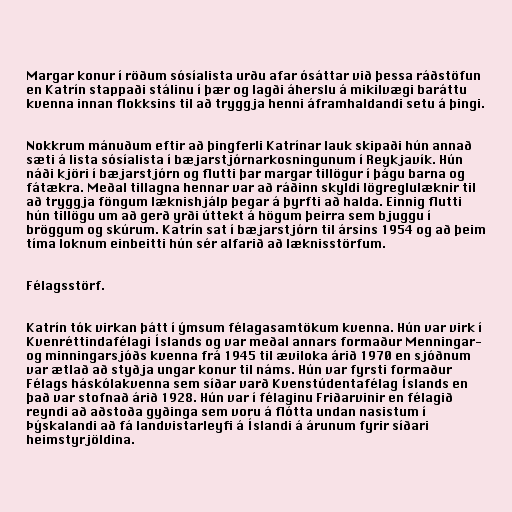
Margar konur í röðum sósíalista urðu afar ósáttar við þessa ráðstöfun
en Katrín stappaði stálinu í þær og lagði áherslu á mikilvægi baráttu
kvenna innan flokksins til að tryggja henni áframhaldandi setu á þingi.

Nokkrum mánuðum eftir að þingferli Katrínar lauk skipaði hún annað
sæti á lista sósíalista í bæjarstjórnarkosningunum í Reykjavík. Hún
náði kjöri í bæjarstjórn og flutti þar margar tillögur í þágu barna og
fátækra. Meðal tillagna hennar var að ráðinn skyldi lögreglulæknir til
að tryggja föngum læknishjálp þegar á þyrfti að halda. Einnig flutti
hún tillögu um að gerð yrði úttekt á högum þeirra sem bjuggu í
bröggum og skúrum. Katrín sat í bæjarstjórn til ársins 1954 og að þeim
tíma loknum einbeitti hún sér alfarið að læknisstörfum.

Félagsstörf.

Katrín tók virkan þátt í ýmsum félagasamtökum kvenna. Hún var virk í
Kvenréttindafélagi Íslands og var meðal annars formaður Menningar-
og minningarsjóðs kvenna frá 1945 til æviloka árið 1970 en sjóðnum
var ætlað að styðja ungar konur til náms. Hún var fyrsti formaður
Félags háskólakvenna sem síðar varð Kvenstúdentafélag Íslands en
það var stofnað árið 1928. Hún var í félaginu Friðarvinir en félagið
reyndi að aðstoða gyðinga sem voru á flótta undan nasistum í
Þýskalandi að fá landvistarleyfi á Íslandi á árunum fyrir síðari
heimstyrjöldina.